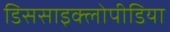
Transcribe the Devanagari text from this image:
डिससाइक्लोपीडिया